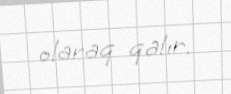
olaraq qalır.